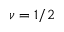
\nu = 1 / 2